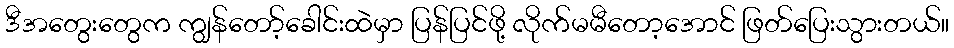
ဒီအတွေးတွေက ကျွန်တော့်ခေါင်းထဲမှာ ပြန်ပြင်ဖို့ လိုက်မမီတော့အောင် ဖြတ်ပြေးသွားတယ်။